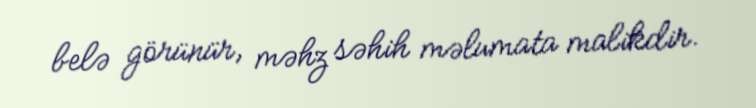
belə görünür, məhz səhih məlumata malikdir.